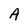
Character: A